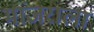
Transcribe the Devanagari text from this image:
मांजराला